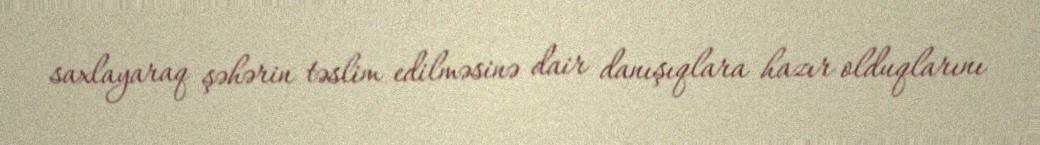
saxlayaraq şəhərin təslim edilməsinə dair danışıqlara hazır olduqlarını